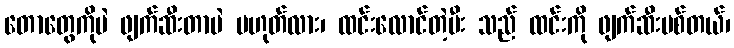
တောတွေကိုပဲ ဖျက်ဆီးတာပဲ မဟုတ်လား၊ ထင်းလောင်တဲ့မီး သည် ထင်းကို ဖျက်ဆီးပစ်တယ်၊